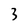
Character: 3